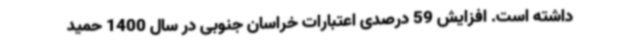
داشته است. افزایش 59 درصدی اعتبارات خراسان جنوبی در سال 1400 حمید